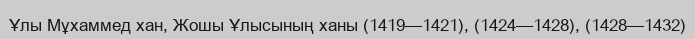
Ұлы Мұхаммед хан, Жошы Ұлысының ханы (1419—1421), (1424—1428), (1428—1432)